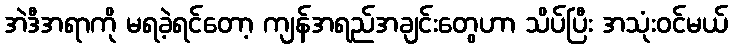
အဲဒီအရာကို မရခဲ့ရင်တော့ ကျန်အရည်အချင်းတွေဟာ သိပ်ပြီး အသုံးဝင်မယ်